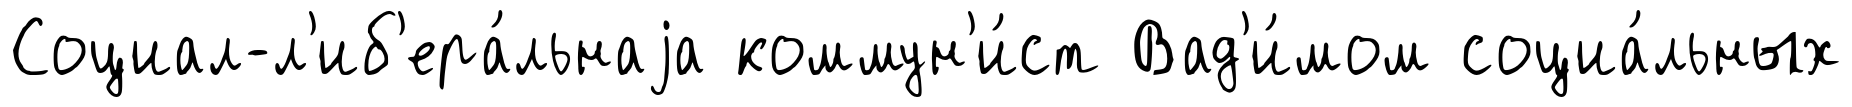
Социал-л'иб'ера́льнаjа коммун'и́ст Вад'и́мом социа́льных